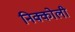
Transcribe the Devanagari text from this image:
निक्कोली